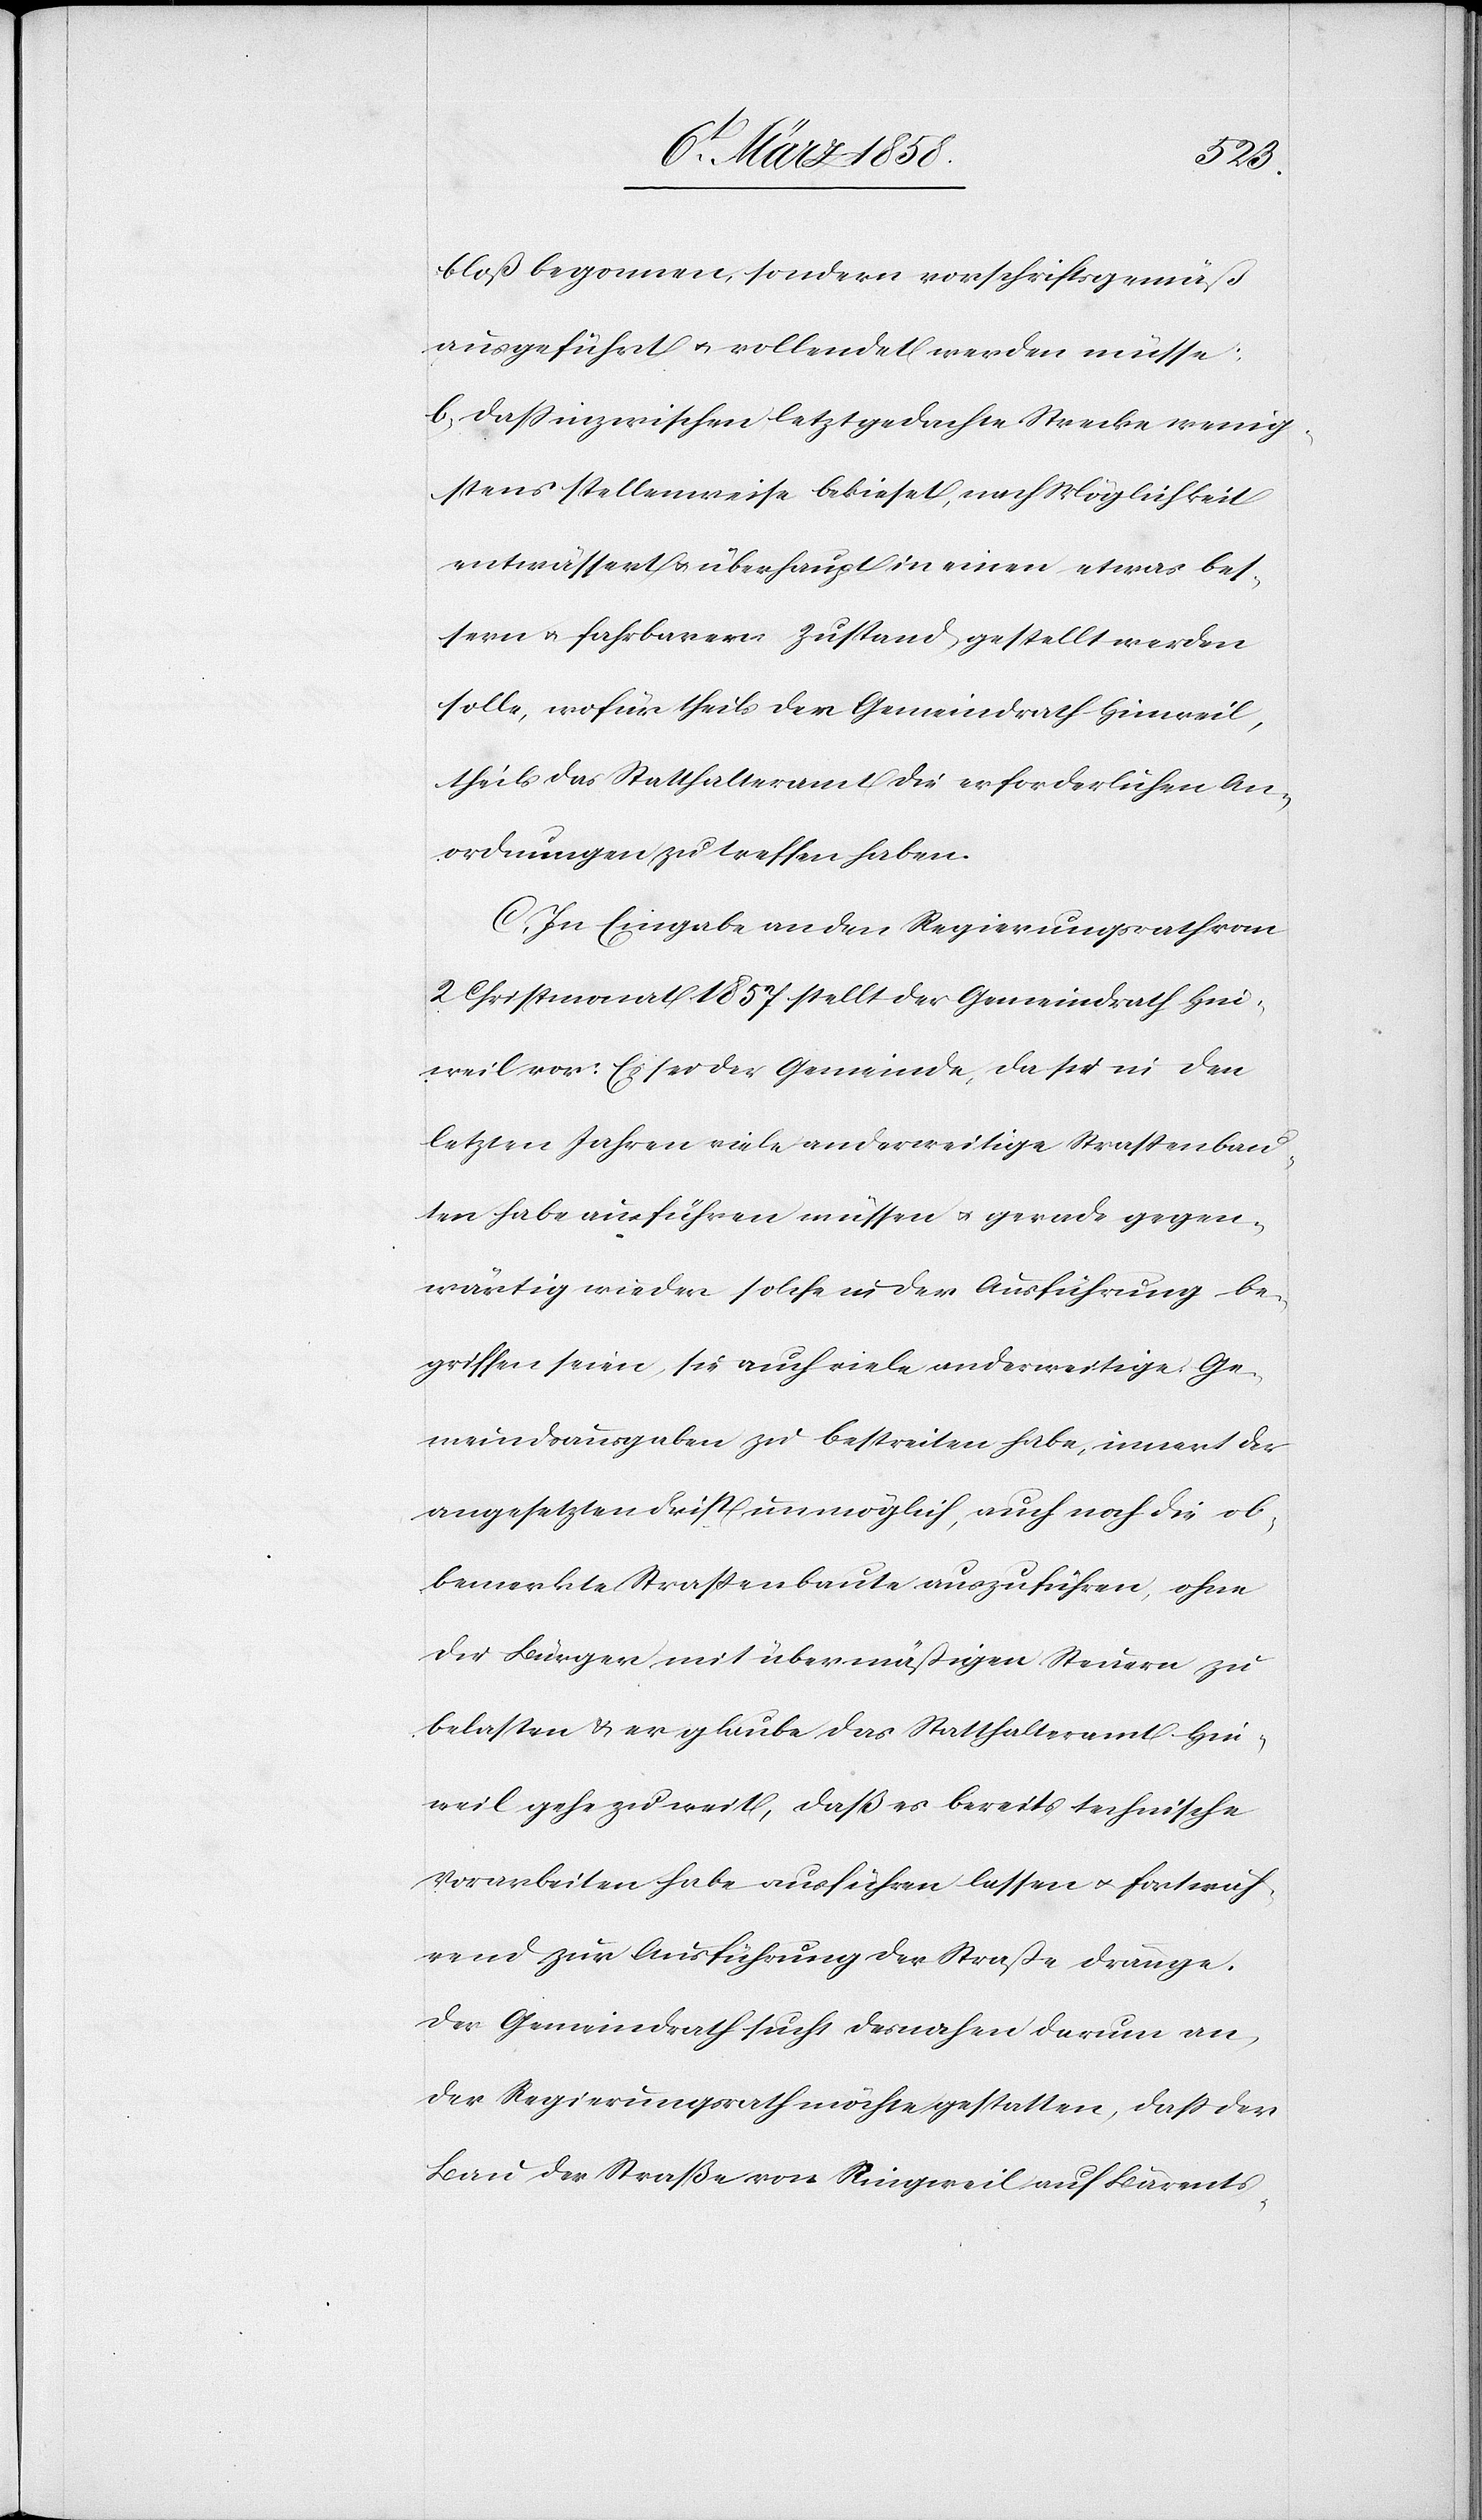
bloß begonnen, sondern vorschriftsgemäß
ausgeführt u. vollendet werden müsse.
b) daß inzwischen letztgedachte Strecke wenig¬
stens stellenweise bekieset, nach Möglichkeit
entwässert u. überhaupt in einen etwas bes¬
sern u. fahrbaren Zustand gestellt werden
solle, wofür theils der Gemeindrath Hinweil,
theils das Statthalteramt die erforderlichen An¬
ordnungen zu treffen haben.
C. In Eingabe an den Regierungsrath von
2. Christmonat 1857 stellt der Gemeindrath Hin¬
weil vor: Es sei der Gemeinde, da sie in den
letzten Jahren viele anderweitige Straßenbau¬
ten haben einführen müssen u. gerade gegen¬
wärtig wieder solche in der Ausführung be¬
griffen seien, sie auch viele anderweitige Ge¬
meindsausgaben zu bestreiten habe, innert der
angesetzten Frist unmöglich, auch noch die ob¬
bemerkte Straßenbaute auszuführen, ohne
die Bürger mit übermäßigen Steuern zu
belasten u. er glaube das Statthalteramt Hin¬
weil gehe zu weit, daß es bereits technische
Vorarbeiten habe ausführen lassen u. fortwäh¬
rend zur Ausführung der Straße dränge.
Der Gemeindrath sucht desnahen darum an,
der Regierungsrath möchte gestatten, daß der
Bau der Straße von Ringweil auf Bärents-